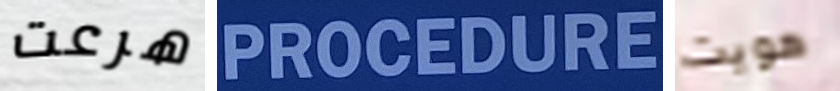
هرعت PROCEDURE هويت